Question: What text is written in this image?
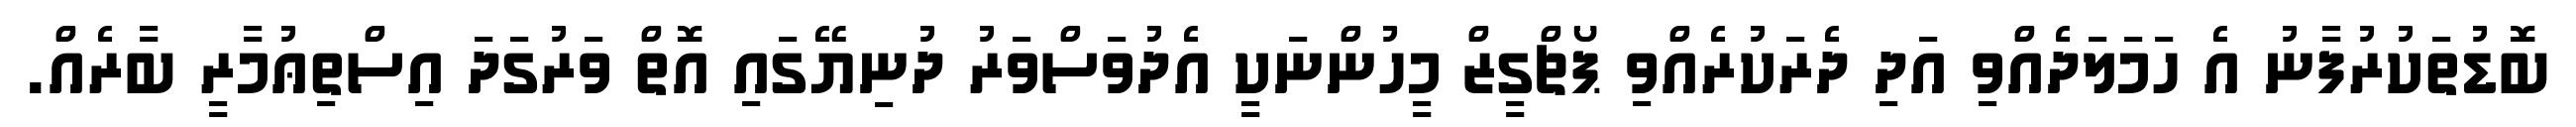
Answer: ބޮޑުތަކުރުފާނު އެ ހަމަލަދެއްވި އަދި ދެރަކުރެއްވި ޕޯޗްގީޒް މީހުންނަކީ އެދުވަސްވަރު ދުނިޔޭގައި އޮތް ވަރުގަދަ އިސްތިޢުމާރީ ބާރެއް.